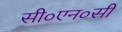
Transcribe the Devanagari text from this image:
सी०एन०सी